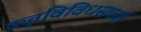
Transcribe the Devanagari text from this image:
कृतविविधसपर्या